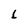
Character: L